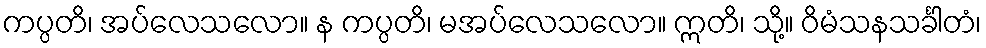
ကပ္ပတိ၊ အပ်လေသလော။ န ကပ္ပတိ၊ မအပ်လေသလော။ ဣတိ၊ သို့။ ဝိမံသနသင်္ခါတံ၊